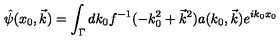
\hat { \psi } ( x _ { 0 } , \vec { k } ) = \int _ { \Gamma } d k _ { 0 } f ^ { - 1 } ( - k _ { 0 } ^ { 2 } + \vec { k } ^ { 2 } ) a ( k _ { 0 } , \vec { k } ) e ^ { i k _ { 0 } x _ { 0 } }